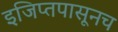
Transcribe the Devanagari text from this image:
इजिप्तपासूनच